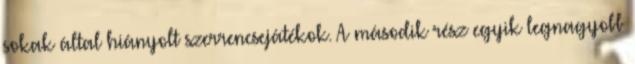
sokak által hiányolt szerrencsejátékok. A második rész egyik legnagyobb